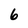
Character: 6